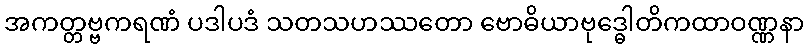
အကတ္တဗ္ဗကရဏံ ပဒါပဒံ သတသဟဿတော ဗောဓိယာဗုဒ္ဓေါတိကထာဝဏ္ဏနာ